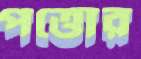
পত্তোর